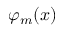
\varphi _ { m } ( x )